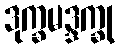
ဒုက္ခမဒ္ဒက္ခု